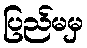
ပြည်မမှ